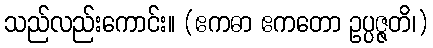
သည်လည်းကောင်း။ (ဧကဓာ ဧကတော ဥပ္ပဇ္ဇတိ၊)